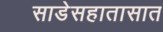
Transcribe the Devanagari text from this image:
साडेसहातासात